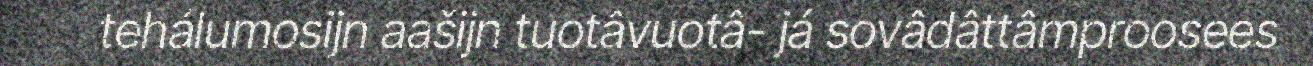
tehálumosijn aašijn tuotâvuotâ- já sovâdâttâmproosees